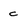
Character: c